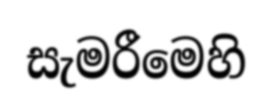
සැමරීමෙහි